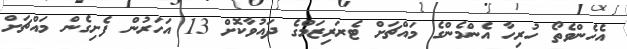
އެހެންވެތޯ ހުރިހާ އެންމެންގެ މައްްޗަށް ޓެރަރިޒަމްގެ ދައުވާކޮށް 13 އަހަރުން ފެށިގެން މައްޗަށް